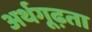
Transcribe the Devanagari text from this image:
अर्थगूढ़ता